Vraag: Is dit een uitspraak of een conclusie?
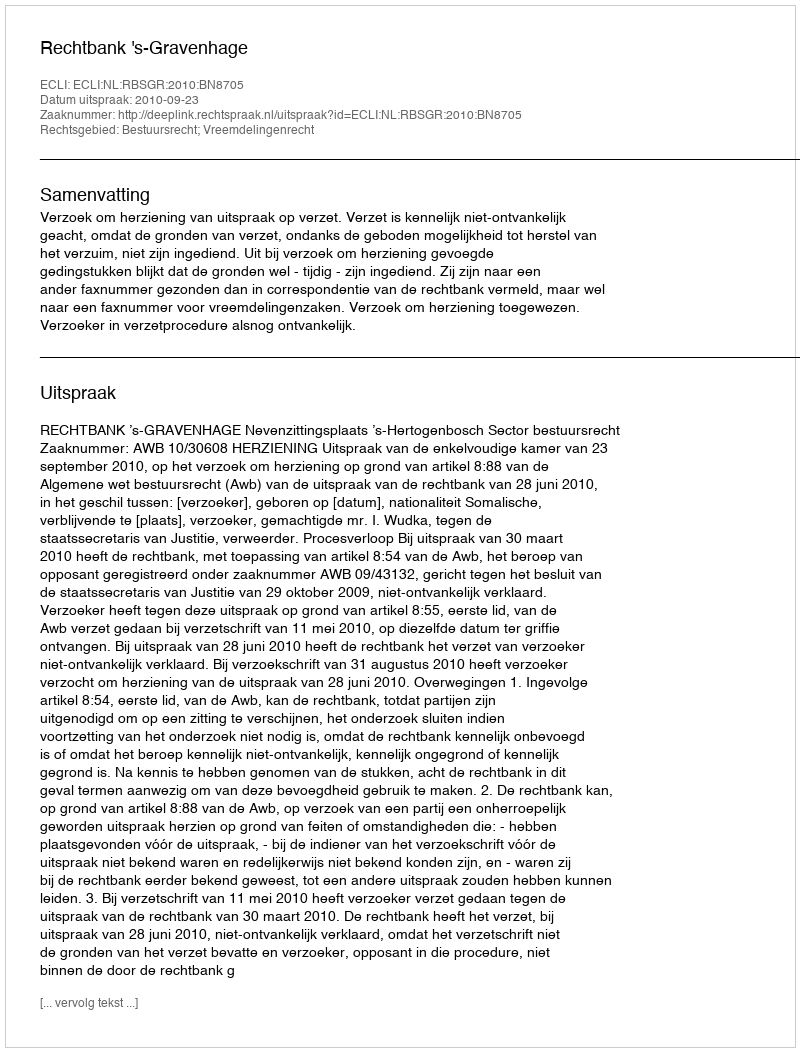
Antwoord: Uitspraak